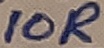
Text: 10R